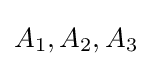
A_{1},A_{2},A_{3}